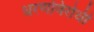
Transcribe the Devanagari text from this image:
धरणविरोधी